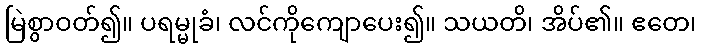
မြဲစွာဝတ်၍။ ပရမ္မုခံ၊ လင်ကိုကျောပေး၍။ သယတိ၊ အိပ်၏။ ဧတေ၊